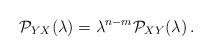
LaTeX: \begin{align*}{\cal P}_{YX}(\lambda)=\lambda^{n-m}{\cal P}_{XY}(\lambda)\,.\end{align*}